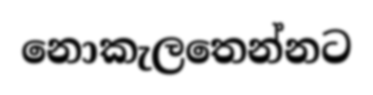
නොකැලතෙන්නට